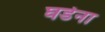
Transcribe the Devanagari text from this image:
घडेना